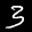
Label: 3